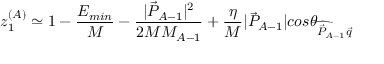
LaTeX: z _ { 1 } ^ { ( A ) } \simeq 1 - { \frac { E _ { m i n } } { M } } - { \frac { | \vec { P } _ { A - 1 } | ^ { 2 } } { 2 M M _ { A - 1 } } } + \frac { \eta } { M } | \vec { P } _ { A - 1 } | c o s \theta _ { \widehat { \vec { P } _ { A - 1 } \vec { q } } } ~